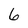
Character: 6